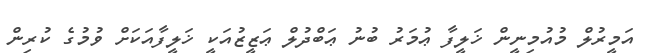
އަމީރުލް މުއުމިނީން ޚަލީފާ ޢުމަރު ބުނު ޢަބްދުލް ޢަޒީޒުއަކީ ޚަލީފާއަކަށް ވުމުގެ ކުރިން